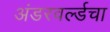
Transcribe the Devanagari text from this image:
अंडरवर्ल्डचा